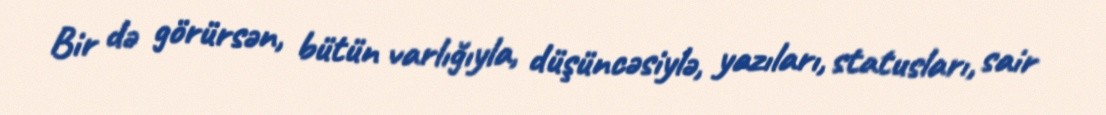
Bir də görürsən, bütün varlığıyla, düşüncəsiylə, yazıları, statusları, sair